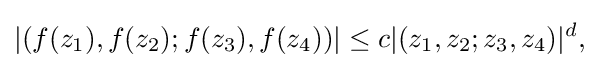
\displaystyle {|(f(z_{1}),f(z_{2});f(z_{3}),f(z_{4}))|\leq c|(z_{1},z_{2};z_{3},z_{4})|^{d},}